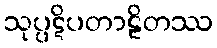
သုပ္ပဋိပတာဠိတဿ